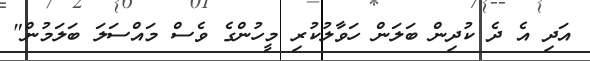
އަދި އެ ދެ ކުދިން ބަލަން ހަވާލުކުރި މީހުންގެ ވެސް މައްސަލަ ބަލަމުން"